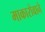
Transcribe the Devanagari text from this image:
माकारोवाने